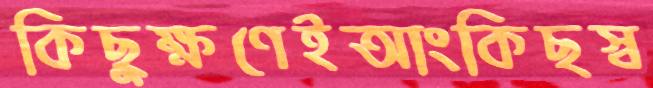
কিছুক্ষণেইআংকিছস্ব